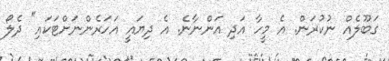
ގަބޫލެއް ނުކުރަން. އެ މީހާ އަދި އަންނާނެ. އެ ދިޔައީ އަހަރެންނަށްޓަކައި" ދެލޯ